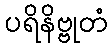
ပရိနိဗ္ဗုတံ